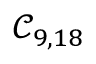
\mathcal { C } _ { 9 , 1 8 }